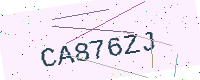
Text: CA876ZJ